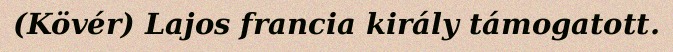
(Kövér) Lajos francia király támogatott.